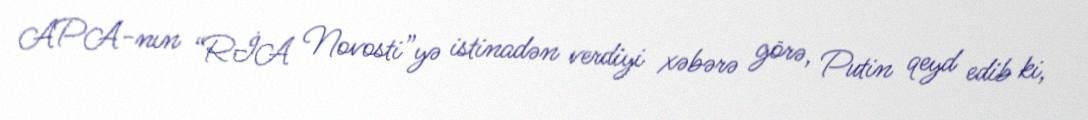
APA-nın “RİA Novosti”yə istinadən verdiyi xəbərə görə, Putin qeyd edib ki,